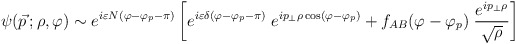
\begin{align*}\psi (\vec{p}\,;\rho,\varphi)\sim e^{i\varepsilon N(\varphi-\varphi_p-\pi)} \left[e^{i\varepsilon \delta (\varphi-\varphi_p-\pi)}\; e^{ip_\perp\rho\cos(\varphi-\varphi_p)} + f_{AB} (\varphi -\varphi_p)\; {e^{ip_\perp\rho}\over \sqrt{\rho}}\right]\end{align*}